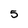
Character: 5